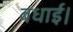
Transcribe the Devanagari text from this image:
बधाई।